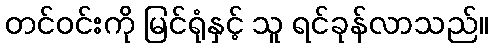
တင်ဝင်းကို မြင်ရုံနှင့် သူ ရင်ခုန်လာသည်။